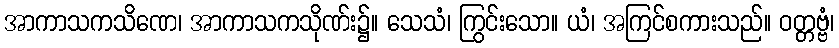
အာကာသကသိဏေ၊ အာကာသကသိုဏ်း၌။ သေသံ၊ ကြွင်းသော။ ယံ၊ အကြင်စကားသည်။ ဝတ္တဗ္ဗံ၊